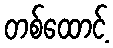
တစ်ထောင့်